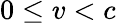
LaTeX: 0\leq v<c